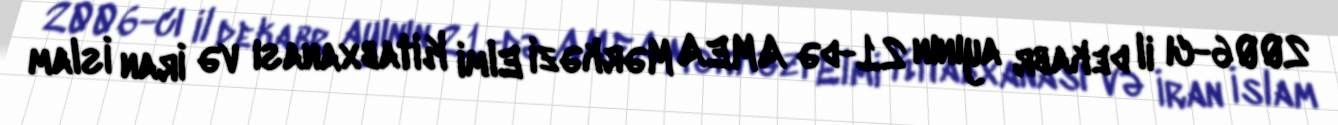
2006-cı il dekabr ayının 21-də AMEA Mərkəzi Elmi Kitabxanası və İran İslam